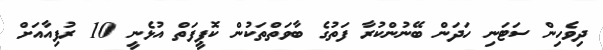
ދިވެހިން ސަޓަނި ހަދަން ބޭނުންކުރާ ފަތުގެ ބާވަތްތަކުން ކޮޕީފަތް އުޅެނީ 10 ރުފިއާއަށް